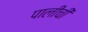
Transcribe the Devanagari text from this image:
पालीची